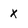
Character: x